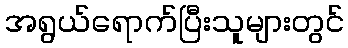
အရွယ်ရောက်ပြီးသူများတွင်